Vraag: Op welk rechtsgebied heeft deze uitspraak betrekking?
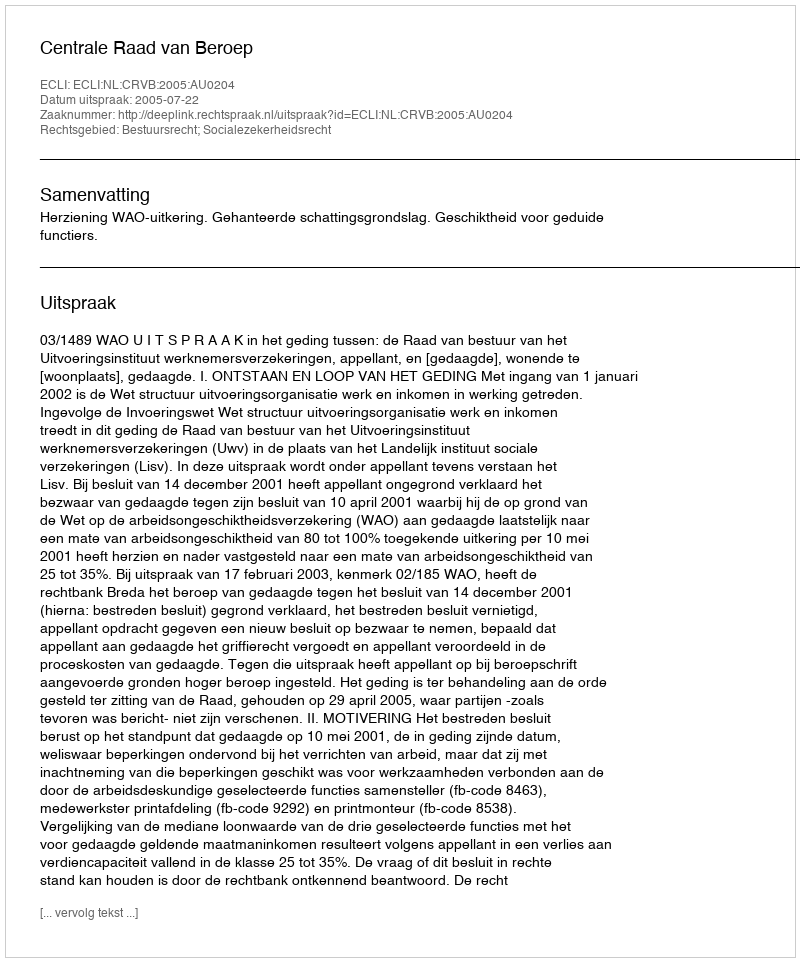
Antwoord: Bestuursrecht; Socialezekerheidsrecht